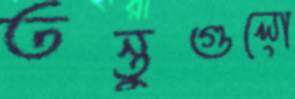
তন্তুগুলো